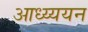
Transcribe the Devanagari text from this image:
आध्य्ययन